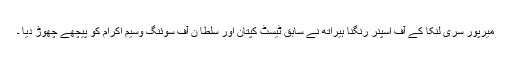
میرپور سری لنکا کے آف اسپنر رنگنا ہیراتھ نے سابق ٹیسٹ کپتان اور سلطا ن آف سوئنگ وسیم اکرام کو پیچھے چھوڑ دیا ۔